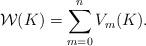
LaTeX: \begin{align*}\mathcal{W}(K) = \sum_{m=0}^n V_m(K).\end{align*}